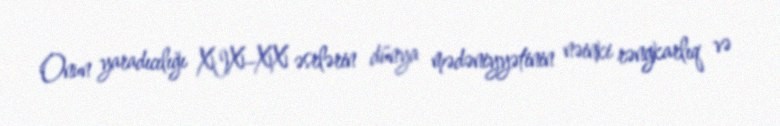
Onun yaradıcılığı XIX–XX əsrlərin dünya mədəniyyətinin nəinki rəngkarlıq və